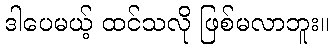
ဒါပေမယ့် ထင်သလို ဖြစ်မလာဘူး။